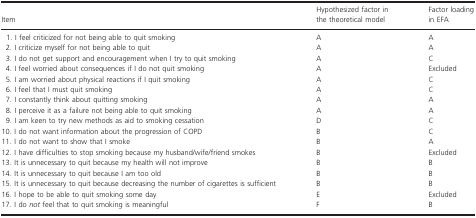
<table><thead><tr><td><b>Item</b></td><td><b>Hypothesized factor in the theoretical model</b></td><td><b>Factor loading in EFA</b></td></tr></thead><tbody><tr><td>1. I feel criticized for not being able to quit smoking</td><td>A</td><td>A</td></tr><tr><td>2. I criticize myself for not being able to quit</td><td>A</td><td>A</td></tr><tr><td>3. I do not get support and encouragement when I try to quit smoking</td><td>A</td><td>C</td></tr><tr><td>4. I feel worried about consequences if I do not quit smoking</td><td>A</td><td>Excluded</td></tr><tr><td>5. I am worried about physical reactions if I quit smoking</td><td>A</td><td>C</td></tr><tr><td>6. I feel that I must quit smoking</td><td>A</td><td>C</td></tr><tr><td>7. I constantly think about quitting smoking</td><td>A</td><td>A</td></tr><tr><td>8. I perceive it as a failure not being able to quit smoking</td><td>A</td><td>A</td></tr><tr><td>9. I am keen to try new methods as aid to smoking cessation</td><td>D</td><td>C</td></tr><tr><td>10. I do not want information about the progression of COPD</td><td>B</td><td>C</td></tr><tr><td>11. I do not want to show that I smoke</td><td>B</td><td>A</td></tr><tr><td>12. I have difficulties to stop smoking because my husband/wife/friend smokes</td><td>B</td><td>Excluded</td></tr><tr><td>13. It is unnecessary to quit because my health will not improve</td><td>B</td><td>B</td></tr><tr><td>14. It is unnecessary to quit because I am too old</td><td>B</td><td>B </td></tr><tr><td>15. It is unnecessary to quit because decreasing the number of cigarettes is sufficient</td><td>B</td><td>B</td></tr><tr><td>16. I hope to be able to quit smoking some day</td><td>E</td><td>Excluded</td></tr><tr><td>17. I do <i>not</i> feel that to quit smoking is meaningful</td><td>F</td><td>B</td></tr></tbody></table>